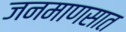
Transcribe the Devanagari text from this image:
जनमाणसात